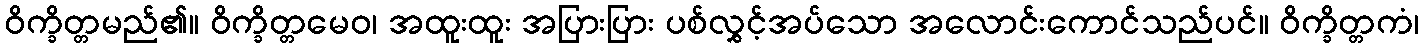
ဝိက္ခိတ္တမည်၏။ ဝိက္ခိတ္တမေဝ၊ အထူးထူး အပြားပြား ပစ်လွှင့်အပ်သော အလောင်းကောင်သည်ပင်။ ဝိက္ခိတ္တကံ၊